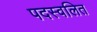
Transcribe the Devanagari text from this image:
पदस्वलित